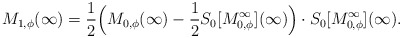
\begin{align*}M_{1,\phi}(\infty)=\frac{1}{2}\Big( M_{0,\phi}(\infty) -\frac{1}{2} S_{0}[M^\infty_{0,\phi}](\infty)\Big) \cdot S_{0}[M^\infty_{0,\phi}](\infty).\end{align*}